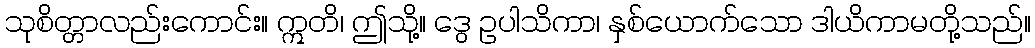
သုစိတ္တာလည်းကောင်း။ ဣတိ၊ ဤသို့။ ဒွေ ဥပါသိကာ၊ နှစ်ယောက်သော ဒါယိကာမတို့သည်။